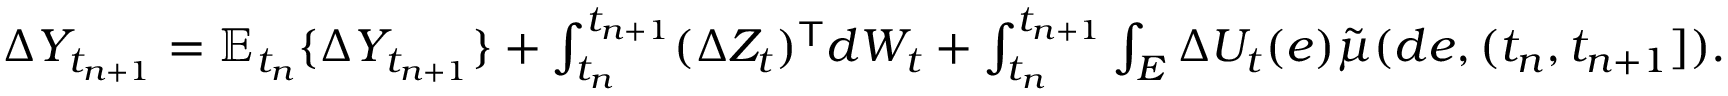
\begin{array} { r } { \begin{array} { r } { \Delta Y _ { t _ { n + 1 } } = \mathbb { E } _ { t _ { n } } \{ \Delta Y _ { t _ { n + 1 } } \} + \int _ { t _ { n } } ^ { t _ { n + 1 } } ( \Delta Z _ { t } ) ^ { \mathsf { T } } d W _ { t } + \int _ { t _ { n } } ^ { t _ { n + 1 } } \int _ { E } \Delta U _ { t } ( e ) \tilde { \mu } ( d e , ( t _ { n } , t _ { n + 1 } ] ) . } \end{array} } \end{array}